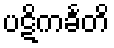
ပဋိကင်္ခတိ